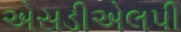
એસડીએલપી